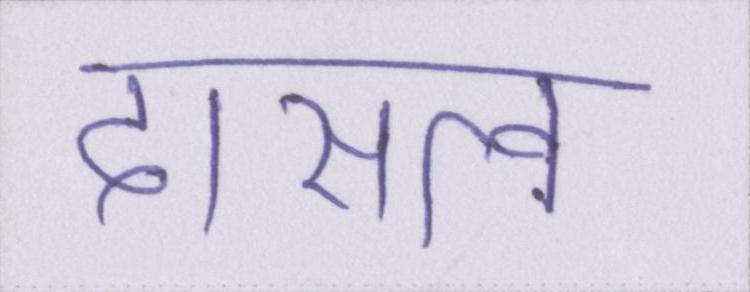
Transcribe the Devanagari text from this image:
दासत्व